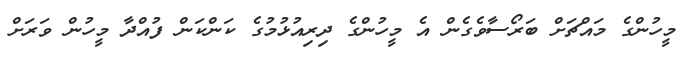
މީހުންގެ މައްޗަށް ބަރޯސާވެގެން އެ މީހުންގެ ދިރިއުޅުމުގެ ކަންކަން ފުއްދާ މީހުން ވަރަށް